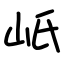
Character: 㞴